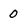
Character: 0